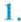
1.